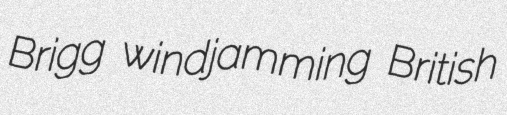
Brigg windjamming British